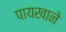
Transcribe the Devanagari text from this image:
पायखाने